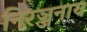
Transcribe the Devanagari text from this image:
निरञ्जनाय